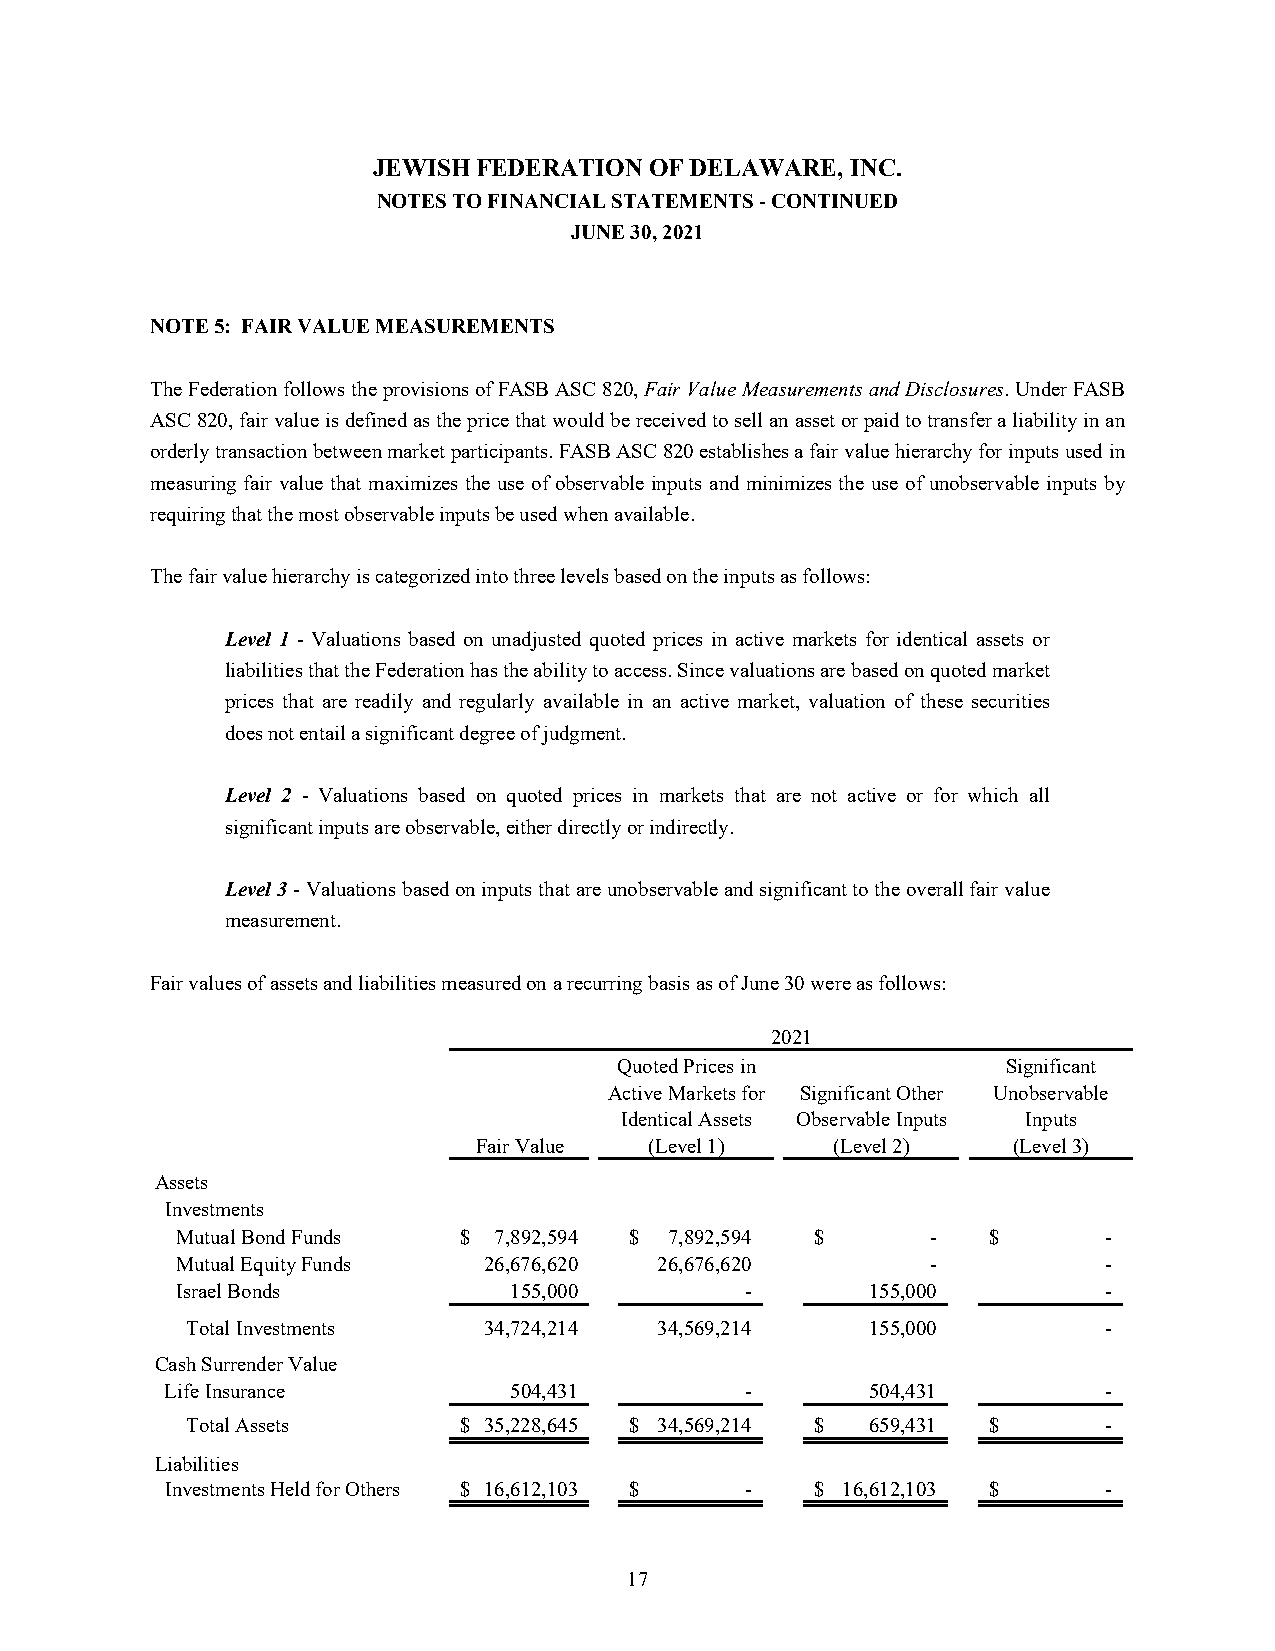
JEWISH FEDERATION OF DELAWARE, INC.
 NOTES TO FINANCIAL STATEMENTS - CONTINUED
 JUNE 30, 2021
 NOTE 5: FAIR VALUE MEASUREMENTS
 The Federation follows the provisions of FASB ASC 820, Fair Value Measurements and Disclosures. Under FASB
 ASC 820, fair value is defined as the price that would be received to sell an asset or paid to transfer a liability in an
 orderly transaction between market participants. FASB ASC 820 establishes a fair value hierarchy for inputs used in
 measuring fair value that maximizes the use of observable inputs and minimizes the use of unobservable inputs by
 requiring that the most observable inputs be used when available.
 The fair value hierarchy is categorized into three levels based on the inputs as follows:
 Level 1 - Valuations based on unadjusted quoted prices in active markets for identical assets or
 liabilities that the Federation has the ability to access. Since valuations are based on quoted market
 prices that are readily and regularly available in an active market, valuation of these securities
 does not entail a significant degree of judgment.
 Level 2 - Valuations based on quoted prices in markets that are not active or for which all
 significant inputs are observable, either directly or indirectly.
 Level 3 - Valuations based on inputs that are unobservable and significant to the overall fair value
 measurement.
 Fair values of assets and liabilities measured on a recurring basis as of June 30 were as follows:
 2021
 Quoted Prices in          Significant
 Active Markets for Significant Other Unobservable
 Identical Assets Observable Inputs Inputs
 Fair Value (Level 1)   (Level 2)   (Level 3)
 Assets
 Investments
 Mutual Bond Funds $  7,892,594 $ 7,892,594 $      -  $       -
 Mutual Equity Funds 26,676,620  26,676,620        -          -
 Israel Bonds          155,000        -        155,000        -
 Total Investments   34,724,214  34,569,214    155,000        -
 Cash Surrender Value
 Life Insurance         504,431        -        504,431        -
 Total Assets      $ 35,228,645 $ 34,569,214 $ 659,431 $      -
 Liabilities
 Investments Held for Others $ 16,612,103 $ - $ 16,612,103 $   -
 17